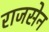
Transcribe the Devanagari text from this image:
राजसेन